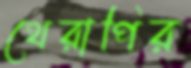
থেরাপির